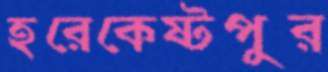
হরেকেষ্টপুর